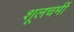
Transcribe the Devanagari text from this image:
शूलचर्मी